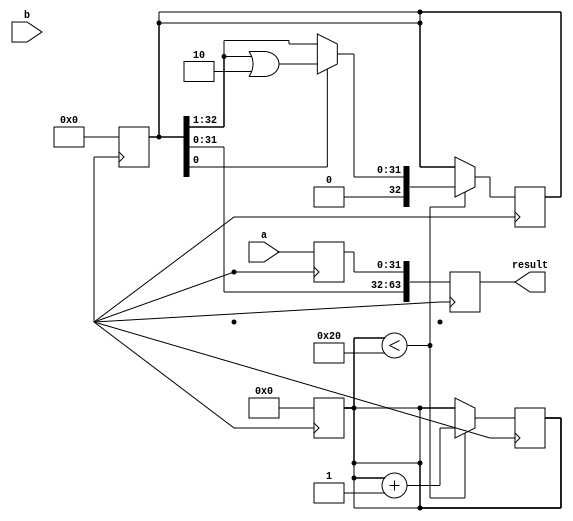
module booth_multiplier (
    input [31:0] a,
    input [31:0] b,
    output reg [63:0] result
);

reg [31:0] multiplicand;
reg [31:0] multiplier;
reg [6:0] count;
reg [32:0] adder_result;

always @ (posedge clk) begin
    multiplicand <= a;
    multiplier <= b;
    count <= 0;
    adder_result <= 0;
end

always @ (posedge clk) begin
    if (count < 32) begin
        if (multiplier[0] == 1 && count != 0) begin
            adder_result <= adder_result - multiplicand;
        end else if (multiplier[0] == 0 && count != 0) begin
            adder_result <= adder_result + multiplicand;
        end
        
        if (adder_result[0] == 0) begin
            adder_result = adder_result >> 1;
        end else begin
            adder_result = (adder_result >> 1) | {32'b1, 1'b0};
        end
        
        multiplier = multiplier >> 1;
        count = count + 1;
    end
end

always @ (posedge clk) begin
    result <= {adder_result, multiplicand};
end

endmodule